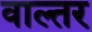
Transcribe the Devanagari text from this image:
वाल्तर